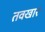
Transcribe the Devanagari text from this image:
तवखार